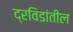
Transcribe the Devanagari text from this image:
द्रविडांतील